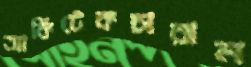
আর্কিটেকচারাল